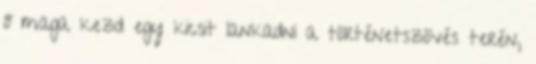
ő maga kezd egy kicsit lankadni a történetszövés terén,